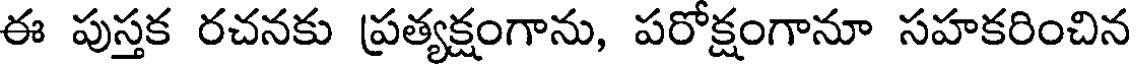
ఈ పుస్తక రచనకు ప్రత్యక్షంగాను, పరోక్షంగానూ సహకరించిన